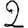
Digit: 2